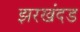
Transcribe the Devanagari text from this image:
झरखंदड